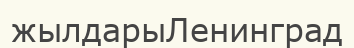
жылдарыЛенинград